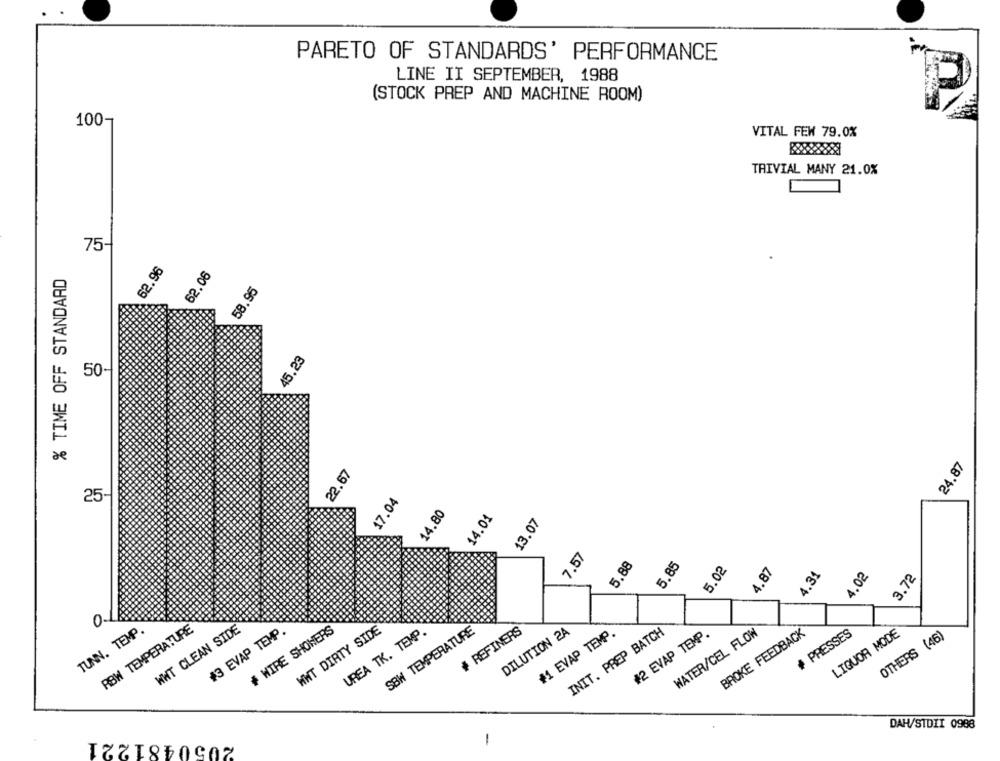
PARETO OF STANDARDS' PERFORMANCE
LINE II SEPTEMBER, 1988
(STOCK PREP AND MACHINE ROOM)
100-
VITAL FEW 79.0%
TRIVIAL MANY 21.0%
75-
62.96
% TIME OFF STANDARD
62.06
58.95
45.23
50-
24.87
22.67
25-
17.04
14.80
14.01
13.07
7.57
5.88
5.85
5.02
4.87
4.34
4.02
3.72
0
TUNN. TEMP.
RBW TEMPERATURE
WWT CLEAN SIDE
#3 EVAP TEMP.
# WIRE SHOWERS
WWT DIRTY SIDE
UREA TK. TEMP.
SBW TEMPERATURE
# REFINERS
DILUTION 2A
#1 EVAP TEMP.
INIT. PREP BATCH
WATER/CEL FLOW
BROKE FEEDBACK
# PRESSES
LIQUOR MODE
#2 EVAP TEMP.
OTHERS (46)
DAH/STDIT 0988
2050481221